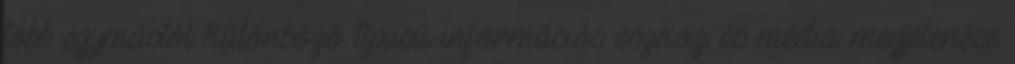
több egymástól különböző típusú információs eszköz és média megjelenése